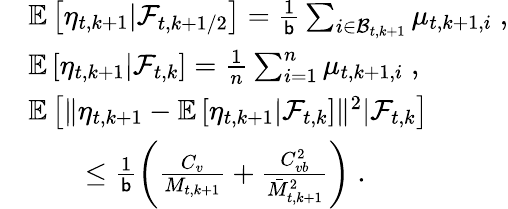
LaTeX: \begin{array}{rl}&{\mathbb{E}\left[\eta_{t,k+1}\vert\mathcal{F}_{t,k+1/2}\right]=\frac{1}{\mathsf{b}}\sum_{i\in\mathcal{B}_{t,k+1}}\mu_{t,k+1,i}\; ,}\\ &{\mathbb{E}\left[\eta_{t,k+1}\vert\mathcal{F}_{t,k}\right]=\frac{1}{n}\sum_{i=1}^{n}\mu_{t,k+1,i}\; ,}\\ &{\mathbb{E}\left[\| \eta_{t,k+1}-\mathbb{E}\left[\eta_{t,k+1}\vert\mathcal{F}_{t,k}\right]\| ^{2}\vert\mathcal{F}_{t,k}\right]}\\ &{\qquad\leq\frac{1}{\mathsf{b}}\left(\frac{C_{v}}{M_{t,k+1}}+\frac{C_{vb}^{2}}{\bar{M}_{t,k+1}^{2}}\right)\; .}\end{array}